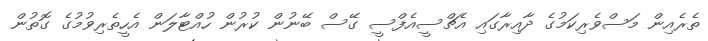
ތެރެއިން މަސްވެރިކަމުގެ ދާއިރާގައި އެޗްސީއެފްސީ ގޭސް ބޭނުން ކުރުން ހުއްޓާލަން އެހީތެރިވުމުގެ ގޮތުން